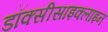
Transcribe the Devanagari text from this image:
डॉक्सीसाइक्लाइन